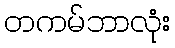
တကမ်ဘာလုံး